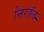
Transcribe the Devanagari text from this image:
निरॉल